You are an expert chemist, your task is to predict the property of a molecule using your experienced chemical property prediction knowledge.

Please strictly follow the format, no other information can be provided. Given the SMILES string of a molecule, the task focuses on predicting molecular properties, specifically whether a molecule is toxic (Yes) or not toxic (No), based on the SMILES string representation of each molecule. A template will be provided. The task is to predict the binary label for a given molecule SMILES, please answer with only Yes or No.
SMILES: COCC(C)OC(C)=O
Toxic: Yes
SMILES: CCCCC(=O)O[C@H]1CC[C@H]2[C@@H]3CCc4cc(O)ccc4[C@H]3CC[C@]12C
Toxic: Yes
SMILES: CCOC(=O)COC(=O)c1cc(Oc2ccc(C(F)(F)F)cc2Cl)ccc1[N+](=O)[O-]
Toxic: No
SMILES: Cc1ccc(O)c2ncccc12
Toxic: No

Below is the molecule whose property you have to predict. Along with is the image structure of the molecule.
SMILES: O=C(O)c1c(Cl)ccc(Cl)c1Cl
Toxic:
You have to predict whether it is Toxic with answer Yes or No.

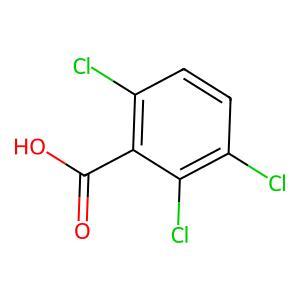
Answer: No